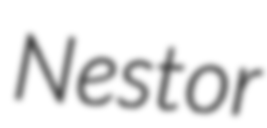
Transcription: Nestor